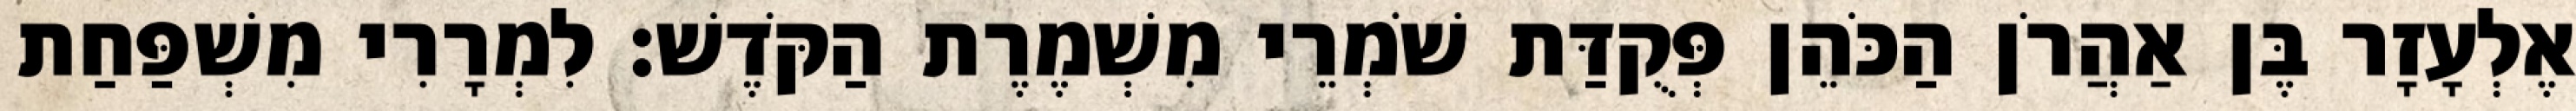
אֶלְעָזָר בֶּן אַהֲרֹן הַכֹּהֵן פְּקֻדַּת שֹׁמְרֵי מִשְׁמֶרֶת הַקֹּדֶשׁ׃ לִמְרָרִי מִשְׁפַּחַת